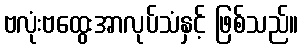
ဗလုံးဗထွေးအာလုပ်သံနှင့် ဖြစ်သည်။